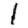
Digit: 1